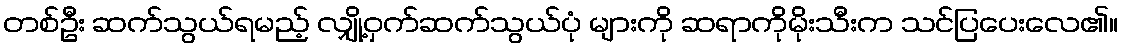
တစ်ဦး ဆက်သွယ်ရမည့် လျှို့ဝှက်ဆက်သွယ်ပုံ များကို ဆရာကိုမိုးသီးက သင်ပြပေးလေ၏။